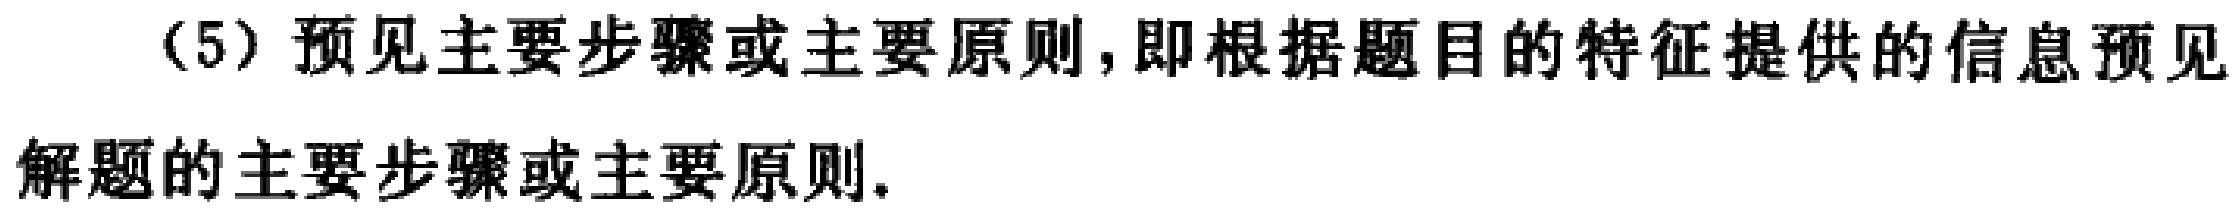
（5）预见主要步骤或主要原则,即根据题目的特征提供的信息预见
解题的主要步骤或主要原则.